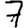
Digit: 7